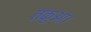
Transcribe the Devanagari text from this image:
तकुआ।